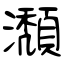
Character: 瀩